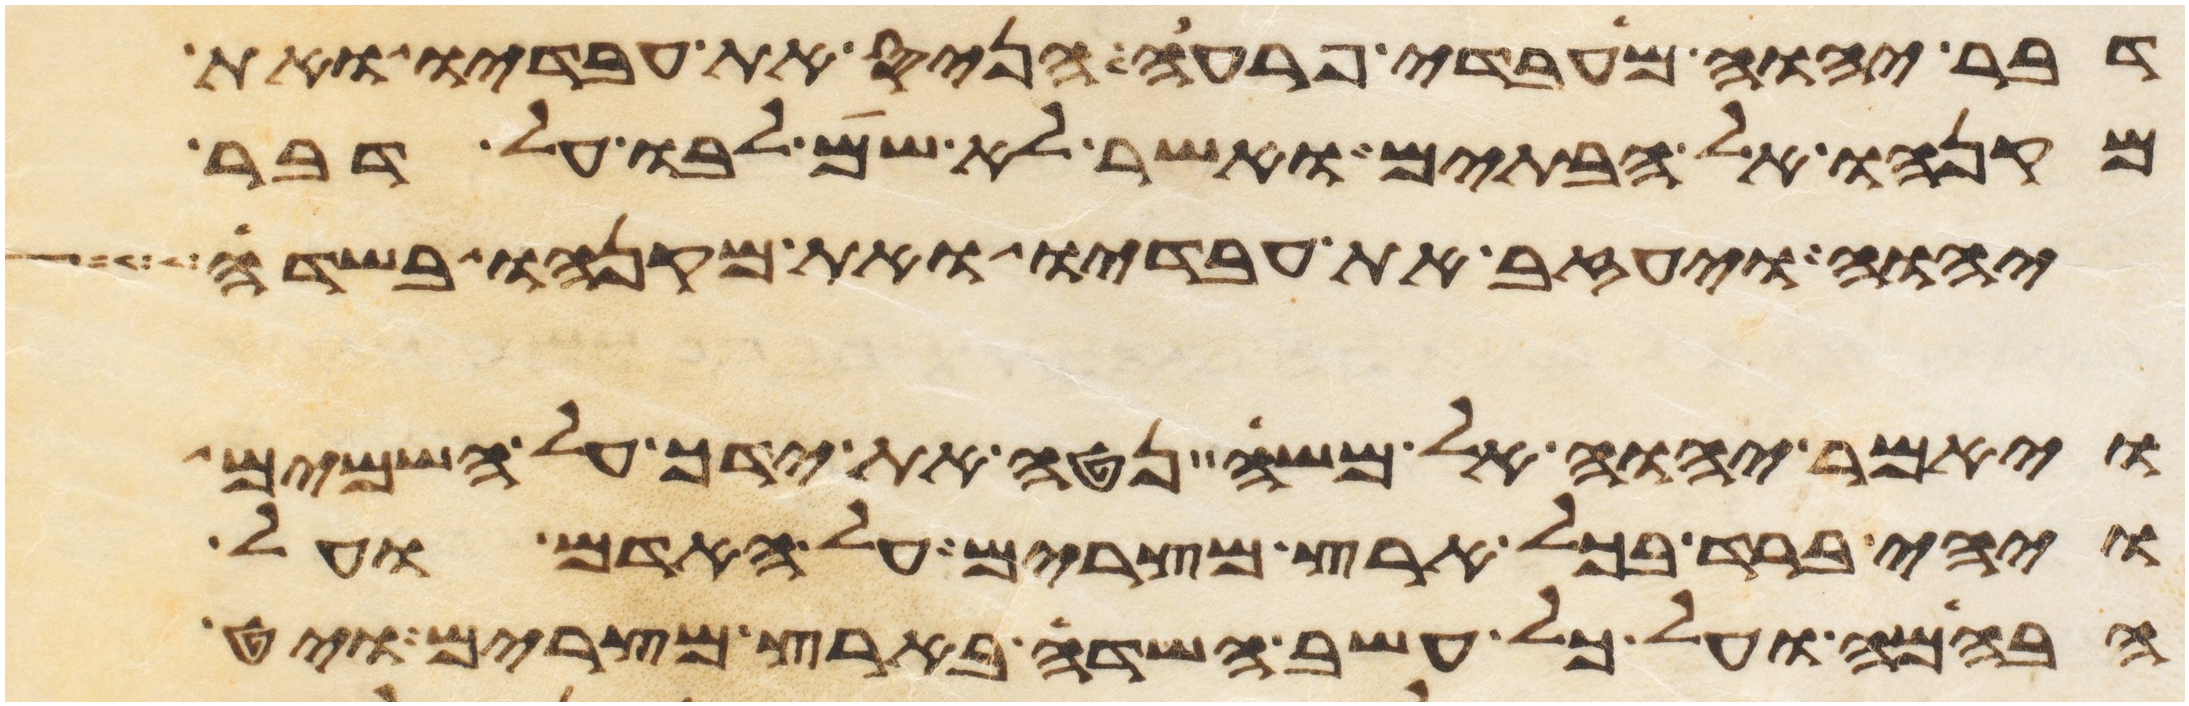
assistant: דבר יהוה מעבדי פרעה הניס את עבדיו ואת
מקנהו אל הבתים ואשר לא שם לבו על דבר
יהוה ויעזב את עבדיו ואת מקנהו בשדה
ויאמר יהוה אל משה נטה את ידך על השמים
ויהי ברד בכל ארץ מצרים על האדם ועל
הבהמה ועל כל עשב השדה בארץ מצרים ויט